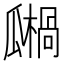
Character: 𤬙